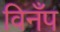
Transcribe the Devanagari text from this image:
विनँप